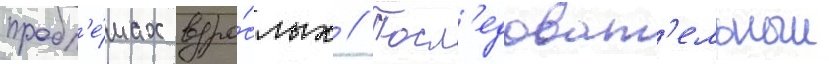
пробл'е́мах взро́слых // Посл'едоват'ельныи